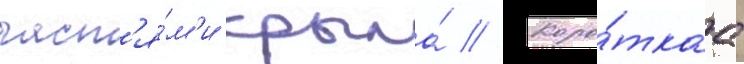
част'я́м'и крыла́ // Коро́ткаа